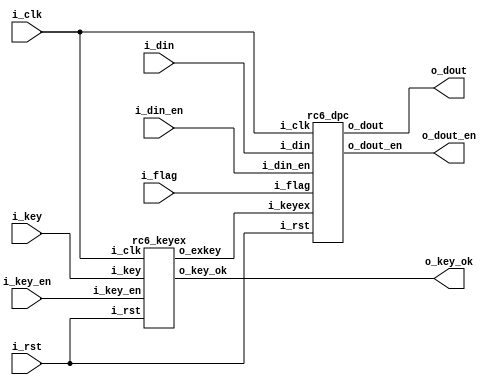
/*
Copyright 2019 XCrypt Studio

Licensed under the Apache License, Version 2.0 (the "License");
you may not use this file except in compliance with the License.
You may obtain a copy of the License at

 http://www.apache.org/licenses/LICENSE-2.0

Unless required by applicable law or agreed to in writing, software
distributed under the License is distributed on an "AS IS" BASIS,
WITHOUT WARRANTIES OR CONDITIONS OF ANY KIND, either express or implied.
See the License for the specific language governing permissions and
limitations under the License.
*/

// ------------------------------------------------------------------------------
// Function         :   RC6 Cryptographic Algorithm Core (KeyLen = 16,Round = 20)
// ------------------------------------------------------------------------------
// Version            v-1.0
// ------------------------------------------------------------------------------

module top(
    input           i_clk,
    input           i_rst,
    input           i_flag,    //1-encrypt,0-decrypt
    input  [127:0]  i_key,
    input           i_key_en,  //1-key init start
	output 			o_key_ok,  //1-key init done
    input  [127:0]   i_din,
    input           i_din_en,
    output [127:0]   o_dout,
    output          o_dout_en
    );

	wire  [32*44-1:0] s_exkey;

	//key expand
	rc6_keyex u_keyex(
	.i_clk		(i_clk		),
	.i_rst		(i_rst		),
	.i_key		(i_key		),
	.i_key_en	(i_key_en	),
	.o_exkey	(s_exkey	),
	.o_key_ok	(o_key_ok	)
	);

	// data encrypt or decrypt
	rc6_dpc u_dpc(
	.i_clk		(i_clk		),
	.i_rst		(i_rst		),
	.i_flag		(i_flag		),
	.i_keyex	(s_exkey	),
    .i_din		(i_din		),
    .i_din_en	(i_din_en	),
    .o_dout		(o_dout		),
    .o_dout_en	(o_dout_en	)
	);

endmodule

module rc6_keyex(
	input 				i_clk,
	input 				i_rst,
	input 	[127:0]	 	i_key,		//key
	input 				i_key_en,	//key init flag
	output 	[32*44-1:0]	o_exkey,  	//round key
	output 				o_key_ok  	//key init ok
	);

	localparam DLY = 1;
	localparam [32*44-1:0] STAB = {
		32'hb7e15163, 32'h5618cb1c, 32'hf45044d5, 32'h9287be8e,
		32'h30bf3847, 32'hcef6b200, 32'h6d2e2bb9, 32'h0b65a572,
		32'ha99d1f2b, 32'h47d498e4, 32'he60c129d, 32'h84438c56,
		32'h227b060f, 32'hc0b27fc8, 32'h5ee9f981, 32'hfd21733a,
		32'h9b58ecf3, 32'h399066ac, 32'hd7c7e065, 32'h75ff5a1e,
		32'h1436d3d7, 32'hb26e4d90, 32'h50a5c749, 32'heedd4102,
		32'h8d14babb, 32'h2b4c3474, 32'hc983ae2d, 32'h67bb27e6,
		32'h05f2a19f, 32'ha42a1b58, 32'h42619511, 32'he0990eca,
		32'h7ed08883, 32'h1d08023c, 32'hbb3f7bf5, 32'h5976f5ae,
		32'hf7ae6f67, 32'h95e5e920, 32'h341d62d9, 32'hd254dc92,
		32'h708c564b, 32'h0ec3d004, 32'hacfb49bd, 32'h4b32c376};

	wire 	[127:0]		s_ikey;
	wire 	[31:0]		s_sk;
	wire 	[31:0]		s_lk;
	wire 	[31:0]		s_a,s_ax;
	wire 	[31:0]		s_b,s_bx;
	reg  	[127:0]		r_key;
	reg		[32*44-1:0]	r_exkey;
	reg 	[7:0]		r_count;
	reg 				r_key_ok;
	wire 				s_busy;
	wire 	[31:0]		s_tmp;

	function [31:0] SWAP;
		input [31:0] D;
		begin
			SWAP = {D[7:0],D[15:8],D[23:16],D[31:24]};
		end
	endfunction

	assign s_ikey = {SWAP(i_key[127:96]),SWAP(i_key[95:64]),SWAP(i_key[63:32]),SWAP(i_key[31:0])};

	always@(posedge i_clk or posedge i_rst) begin
		if(i_rst)
			r_key <= #DLY 128'b0;
		else if(i_key_en)
			r_key <= #DLY {s_ikey[95:0],s_bx};
		else if(s_busy)
			r_key <= #DLY {r_key[95:0],s_bx};
	end

	always@(posedge i_clk or posedge i_rst) begin
		if(i_rst)
			r_exkey <= #DLY 1408'b0;
		else if(i_key_en)
			r_exkey <= #DLY {STAB[32*43-1:0],s_ax};
		else if(s_busy)begin
			r_exkey <= #DLY {r_exkey[32*43-1:0],s_ax};
		end
	end

	assign s_a = i_key_en ? 32'b0 : r_exkey[31:0];
	assign s_b = i_key_en ? 32'b0 : r_key[31:0];
	assign s_lk = i_key_en ? s_ikey[127:96] : r_key[127:96];
	assign s_sk = i_key_en ? STAB[32*44-1:32*43]: r_exkey[32*44-1:32*43];
	assign s_tmp = s_ax+s_b;

	rc6_rol u_rol1(.round(5'd3),.din((s_sk + s_a + s_b)),.dout(s_ax)); //S
	rc6_rol u_rol2(.round(s_tmp[4:0]),.din((s_lk + s_ax + s_b)),.dout(s_bx)); //L

	always@(posedge i_clk or posedge i_rst) begin
		if(i_rst)
			r_count <= #DLY 8'd0;
		else if(i_key_en)
			r_count <= #DLY 8'd1;
		else if(r_count==8'd131)
			r_count <= #DLY 7'd0;
		else if(r_count!=8'd0)
			r_count <= #DLY r_count + 8'd1;
	end

	assign o_exkey = r_exkey;

	assign s_busy = ((r_count!=8'd0)||(i_key_en==1'b1)) ? 1'b1 : 1'b0;

	always@(posedge i_clk or posedge i_rst) begin
		if(i_rst)
			r_key_ok <= #DLY 1'b0;
		else if(r_count==8'd131)
			r_key_ok <= #DLY 1'b1;
		else if(i_key_en==1'b1)
			r_key_ok <= #DLY 1'b0;
	end

	assign o_key_ok = r_key_ok&(~i_key_en);

endmodule

module rc6_dpc(
	input				i_clk,
	input				i_rst,
	input 				i_flag,
	input  [32*44-1:0] 	i_keyex,
    input  [127:0]   	i_din,
    input           	i_din_en,
    output [127:0]   	o_dout,
    output          	o_dout_en
);

	localparam DLY = 1;

	reg  [4:0]		r_count;
	wire [31:0]		s_a,s_ax,s_ay,s_ay_e,s_ay_d;
	wire [31:0]		s_b;
	wire [31:0]		s_c,s_cx,s_cy,s_cy_e,s_cy_d;
	wire [31:0]		s_d;
	wire [127:0] 	s_din;
	reg  [127:0] 	r_din;
	reg  [32*38-1:0] r_keyex;
	wire [63:0]		s_fkey;
	wire [63:0]		s_lkey;
	wire [63:0]		s_ikey;
	wire [63:0]		s_rkey;
	wire [127:0]	s_pdin;
	wire [4:0]		s_rr_x,s_rr_y;
	wire [31:0]		s_rdin_x,s_rdin_y;
	wire [31:0] 	s_rdout_x,s_rdout_y;
	wire [31:0]		s_t,s_u;

	function [31:0] SWAP;
		input [31:0] D;
		begin
			SWAP = {D[7:0],D[15:8],D[23:16],D[31:24]};
		end
	endfunction

	function [31:0]	ROL5;
		input [31:0] D;
		begin
			ROL5 = {D[26:0],D[31:27]};
		end
	endfunction

	always@(posedge i_clk or posedge i_rst) begin
		if(i_rst)
			r_count <= #DLY 5'b0;
		else if(i_din_en)
			r_count <= #DLY 5'd1;
		else if(r_count==5'd19)
			r_count <= #DLY 5'b0;
		else if(r_count!=5'd0)
			r_count <= #DLY r_count + 5'd1;
	end

	always@(posedge i_clk  or posedge i_rst) begin
		if(i_rst)
			r_keyex <= #DLY 'b0;
		else if(i_din_en) begin
			if(i_flag)
				r_keyex <= #DLY i_keyex[32*40-1:32*2];
			else
				r_keyex <= #DLY i_keyex[32*42-1:32*4];
		end else if(r_count!=5'd0)begin
			if(i_flag)
				r_keyex <= #DLY {r_keyex[32*36-1:0],64'b0};
			else
				r_keyex <= #DLY {64'b0,r_keyex[32*38-1:64]};
		end
	end

	assign s_fkey = i_flag ? i_keyex[32*44-1:32*42]:i_keyex[32*2-1:0];  //first
	assign s_lkey = i_flag ? i_keyex[32*2-1:0]:i_keyex[32*44-1:32*42];  //last
	assign s_ikey = i_flag ? i_keyex[32*42-1:32*40] : i_keyex[32*4-1:32*2];
	assign s_rkey = i_flag ? r_keyex[32*38-1:32*36] : r_keyex[32*2-1:0];

	assign s_pdin = i_flag ? {SWAP(i_din[127:96]),(SWAP(i_din[95:64])+s_fkey[63:32]),SWAP(i_din[63:32]),(SWAP(i_din[31:0])+s_fkey[31:0])}
						: {SWAP(i_din[127:96])-s_fkey[63:32],SWAP(i_din[95:64]),SWAP(i_din[63:32])-s_fkey[31:0],SWAP(i_din[31:0])};

	assign s_din = i_din_en ? s_pdin : r_din;

	assign s_a = i_flag ? s_din[127:96] : s_din[31:0];
	assign s_b = i_flag ? s_din[95:64] : s_din[127:96];
	assign s_c = i_flag ? s_din[63:32] : s_din[95:64];
	assign s_d = i_flag ? s_din[31:0] : s_din[63:32];

	//---ENCRYPT---
	   // for (r = 0; r < 20; r += 4) {
       // RND(a,b,c,d);
       // RND(b,c,d,a);
       // RND(c,d,a,b);
       // RND(d,a,b,c);
   // }
       // t = (b * (b + b + 1)); t = ROLc(t, 5); \ encrypt
       // u = (d * (d + d + 1)); u = ROLc(u, 5); \
       // a = ROL(a^t,u) + K[0];                \
       // c = ROL(c^u,t) + K[1]; K += 2;
	//---DECRYPT---
       // for (r = 0; r < 20; r += 4) {
       // 	RND(d,a,b,c);
       // 	RND(c,d,a,b);
       // 	RND(b,c,d,a);
       // 	RND(a,b,c,d);
	   // }
       // t = (b * (b + b + 1)); t = ROLc(t, 5); \ decrypt
       // u = (d * (d + d + 1)); u = ROLc(u, 5); \
       // c = ROR(c - K[1], t) ^ u; \
       // a = ROR(a - K[0], u) ^ t; K -= 2;

	assign s_t = ROL5(s_b*(s_b + s_b + 1));
	assign s_u = ROL5(s_d*(s_d + s_d + 1));
	assign s_rr_x = i_flag ? s_u[4:0] : (32-s_t[4:0]);
	assign s_rr_y = i_flag ? s_t[4:0] : (32-s_u[4:0]);
	assign s_rdin_x = i_flag ? s_a^s_t : (i_din_en ? (s_c-s_ikey[31:0]):(s_c-s_rkey[31:0]));
	assign s_rdin_y = i_flag ? s_c^s_u : (i_din_en ? (s_a-s_ikey[63:32]):(s_a-s_rkey[63:32]));

	rc6_rol u_rol1(.round(s_rr_x),.din(s_rdin_x),.dout(s_rdout_x));
	rc6_rol u_rol2(.round(s_rr_y),.din(s_rdin_y),.dout(s_rdout_y));

	assign s_ax = i_flag ? s_rdout_x : s_rdout_y^s_t;
	assign s_cx = i_flag ? s_rdout_y : s_rdout_x^s_u;

	assign s_ay_e =  i_din_en ? (s_ax + s_ikey[63:32]):(s_ax + s_rkey[63:32]);
	assign s_cy_e =  i_din_en ? (s_cx + s_ikey[31:0]):(s_cx + s_rkey[31:0]);

	assign s_cy_d =  s_cx;
	assign s_ay_d =  s_ax;

	assign s_ay =  i_flag ? s_ay_e : s_ay_d;
	assign s_cy =  i_flag ? s_cy_e : s_cy_d;

	always@(posedge i_clk  or posedge i_rst) begin
		if(i_rst)
			r_din <= #DLY 64'b0;
		else if(i_flag)
			r_din <= #DLY {s_b,s_cy,s_d,s_ay};
		else
			r_din <= #DLY {s_ay,s_b,s_cy,s_d};
	end

	assign o_dout = i_flag ? {SWAP(s_b+s_lkey[63:32]),SWAP(s_cy),SWAP(s_d+s_lkey[31:0]),SWAP(s_ay)}
						: {SWAP(s_ay),SWAP(s_b-s_lkey[63:32]),SWAP(s_cy),SWAP(s_d-s_lkey[31:0])};

	assign o_dout_en = (r_count==5'd19) ? 1'b1:1'b0;

endmodule

module rc6_rol(
    input   [4:0]	round,
	input 	[31:0]  din,
    output  [31:0]  dout
    );
    reg [31:0] r_dout;
    assign dout = r_dout;
    always@(round or din) begin
        case(round)
			5'h00 : r_dout = din;
			5'h01 : r_dout = {din[30:0],din[31]	  };
			5'h02 : r_dout = {din[29:0],din[31:30]};
			5'h03 : r_dout = {din[28:0],din[31:29]};
			5'h04 : r_dout = {din[27:0],din[31:28]};
			5'h05 : r_dout = {din[26:0],din[31:27]};
			5'h06 : r_dout = {din[25:0],din[31:26]};
			5'h07 : r_dout = {din[24:0],din[31:25]};
			5'h08 : r_dout = {din[23:0],din[31:24]};
			5'h09 : r_dout = {din[22:0],din[31:23]};
			5'h0a : r_dout = {din[21:0],din[31:22]};
			5'h0b : r_dout = {din[20:0],din[31:21]};
			5'h0c : r_dout = {din[19:0],din[31:20]};
			5'h0d : r_dout = {din[18:0],din[31:19]};
			5'h0e : r_dout = {din[17:0],din[31:18]};
			5'h0f : r_dout = {din[16:0],din[31:17]};
			5'h10 : r_dout = {din[15:0],din[31:16]};
			5'h11 : r_dout = {din[14:0],din[31:15]};
			5'h12 : r_dout = {din[13:0],din[31:14]};
			5'h13 : r_dout = {din[12:0],din[31:13]};
			5'h14 : r_dout = {din[11:0],din[31:12]};
			5'h15 : r_dout = {din[10:0],din[31:11]};
			5'h16 : r_dout = {din[ 9:0],din[31:10]};
			5'h17 : r_dout = {din[ 8:0],din[31: 9]};
			5'h18 : r_dout = {din[ 7:0],din[31: 8]};
			5'h19 : r_dout = {din[ 6:0],din[31: 7]};
			5'h1a : r_dout = {din[ 5:0],din[31: 6]};
			5'h1b : r_dout = {din[ 4:0],din[31: 5]};
			5'h1c : r_dout = {din[ 3:0],din[31: 4]};
			5'h1d : r_dout = {din[ 2:0],din[31: 3]};
			5'h1e : r_dout = {din[ 1:0],din[31: 2]};
			5'h1f : r_dout = {din[0]   ,din[31: 1]};
        endcase
    end

endmodule